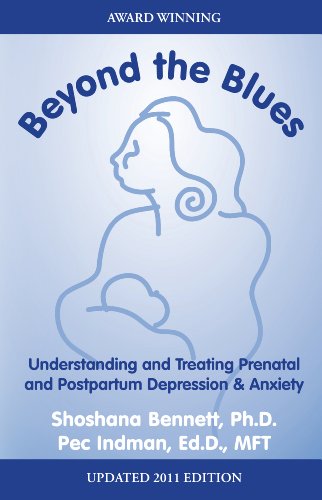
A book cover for Beyond the Blues, Understanding and Treating Prenatal and Postpartum Depression & Anxiety; Shoshana Bennett; Health, Fitness & Dieting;